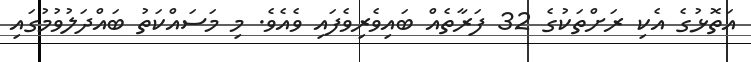
އަތޮޅުގެ އެކި ރަށްތަކުގެ 32 ފަރާތެއް ބައިވެރިވެފައި ވެއެވެ. މި މަސައްކަތު ބައްދަލުވުމުގައި